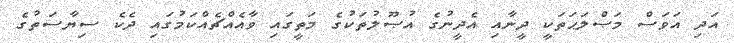
އަދި އަވަސް މަޞްލަޙަތަކީ ދީނާއި އެދީނުގެ އުޞޫލުތަކުގެ މަތީގައި ވާއެއްޗެއްކަމުގައި ދެކެ ސިޔާސަތުގެ